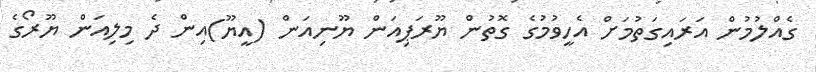
ގެއްލުމުން އަރައިގަތުމަށް އެހީވުމުގެ ގޮތުން ޔޫރަޕިއަން ޔޫނިއަން (އީޔޫ)އިން ދެ މިލިއަން ޔޫރޯގެ